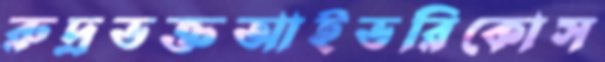
রুদ্রভক্তআইভরিকোস